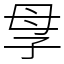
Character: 𡥘